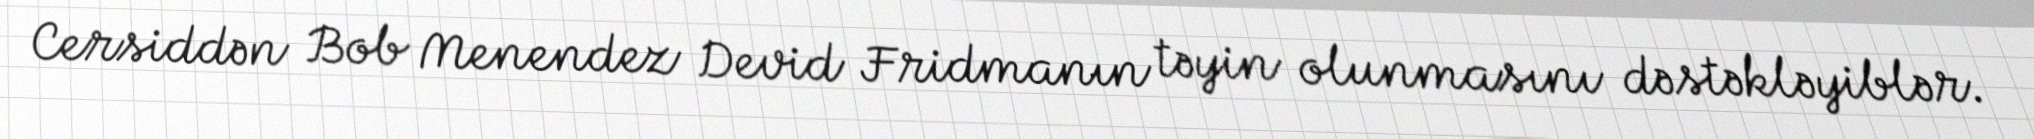
Cersiddən Bob Menendez Devid Fridmanın təyin olunmasını dəstəkləyiblər.